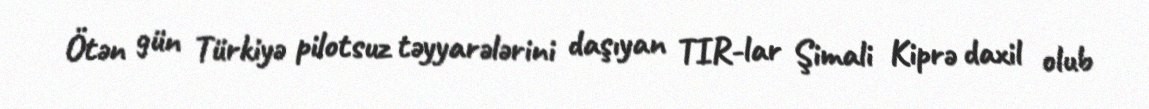
Ötən gün Türkiyə pilotsuz təyyarələrini daşıyan TIR-lar Şimali Kiprə daxil olub